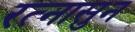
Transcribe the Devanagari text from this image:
रत्‍नासुन